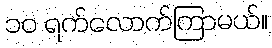
၁၀ ရက်လောက်ကြာမယ်။